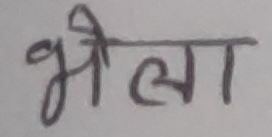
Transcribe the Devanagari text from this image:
भेला